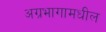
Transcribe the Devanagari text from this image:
अग्रभागामधील